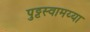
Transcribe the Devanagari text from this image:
पुट्टस्वामय्या